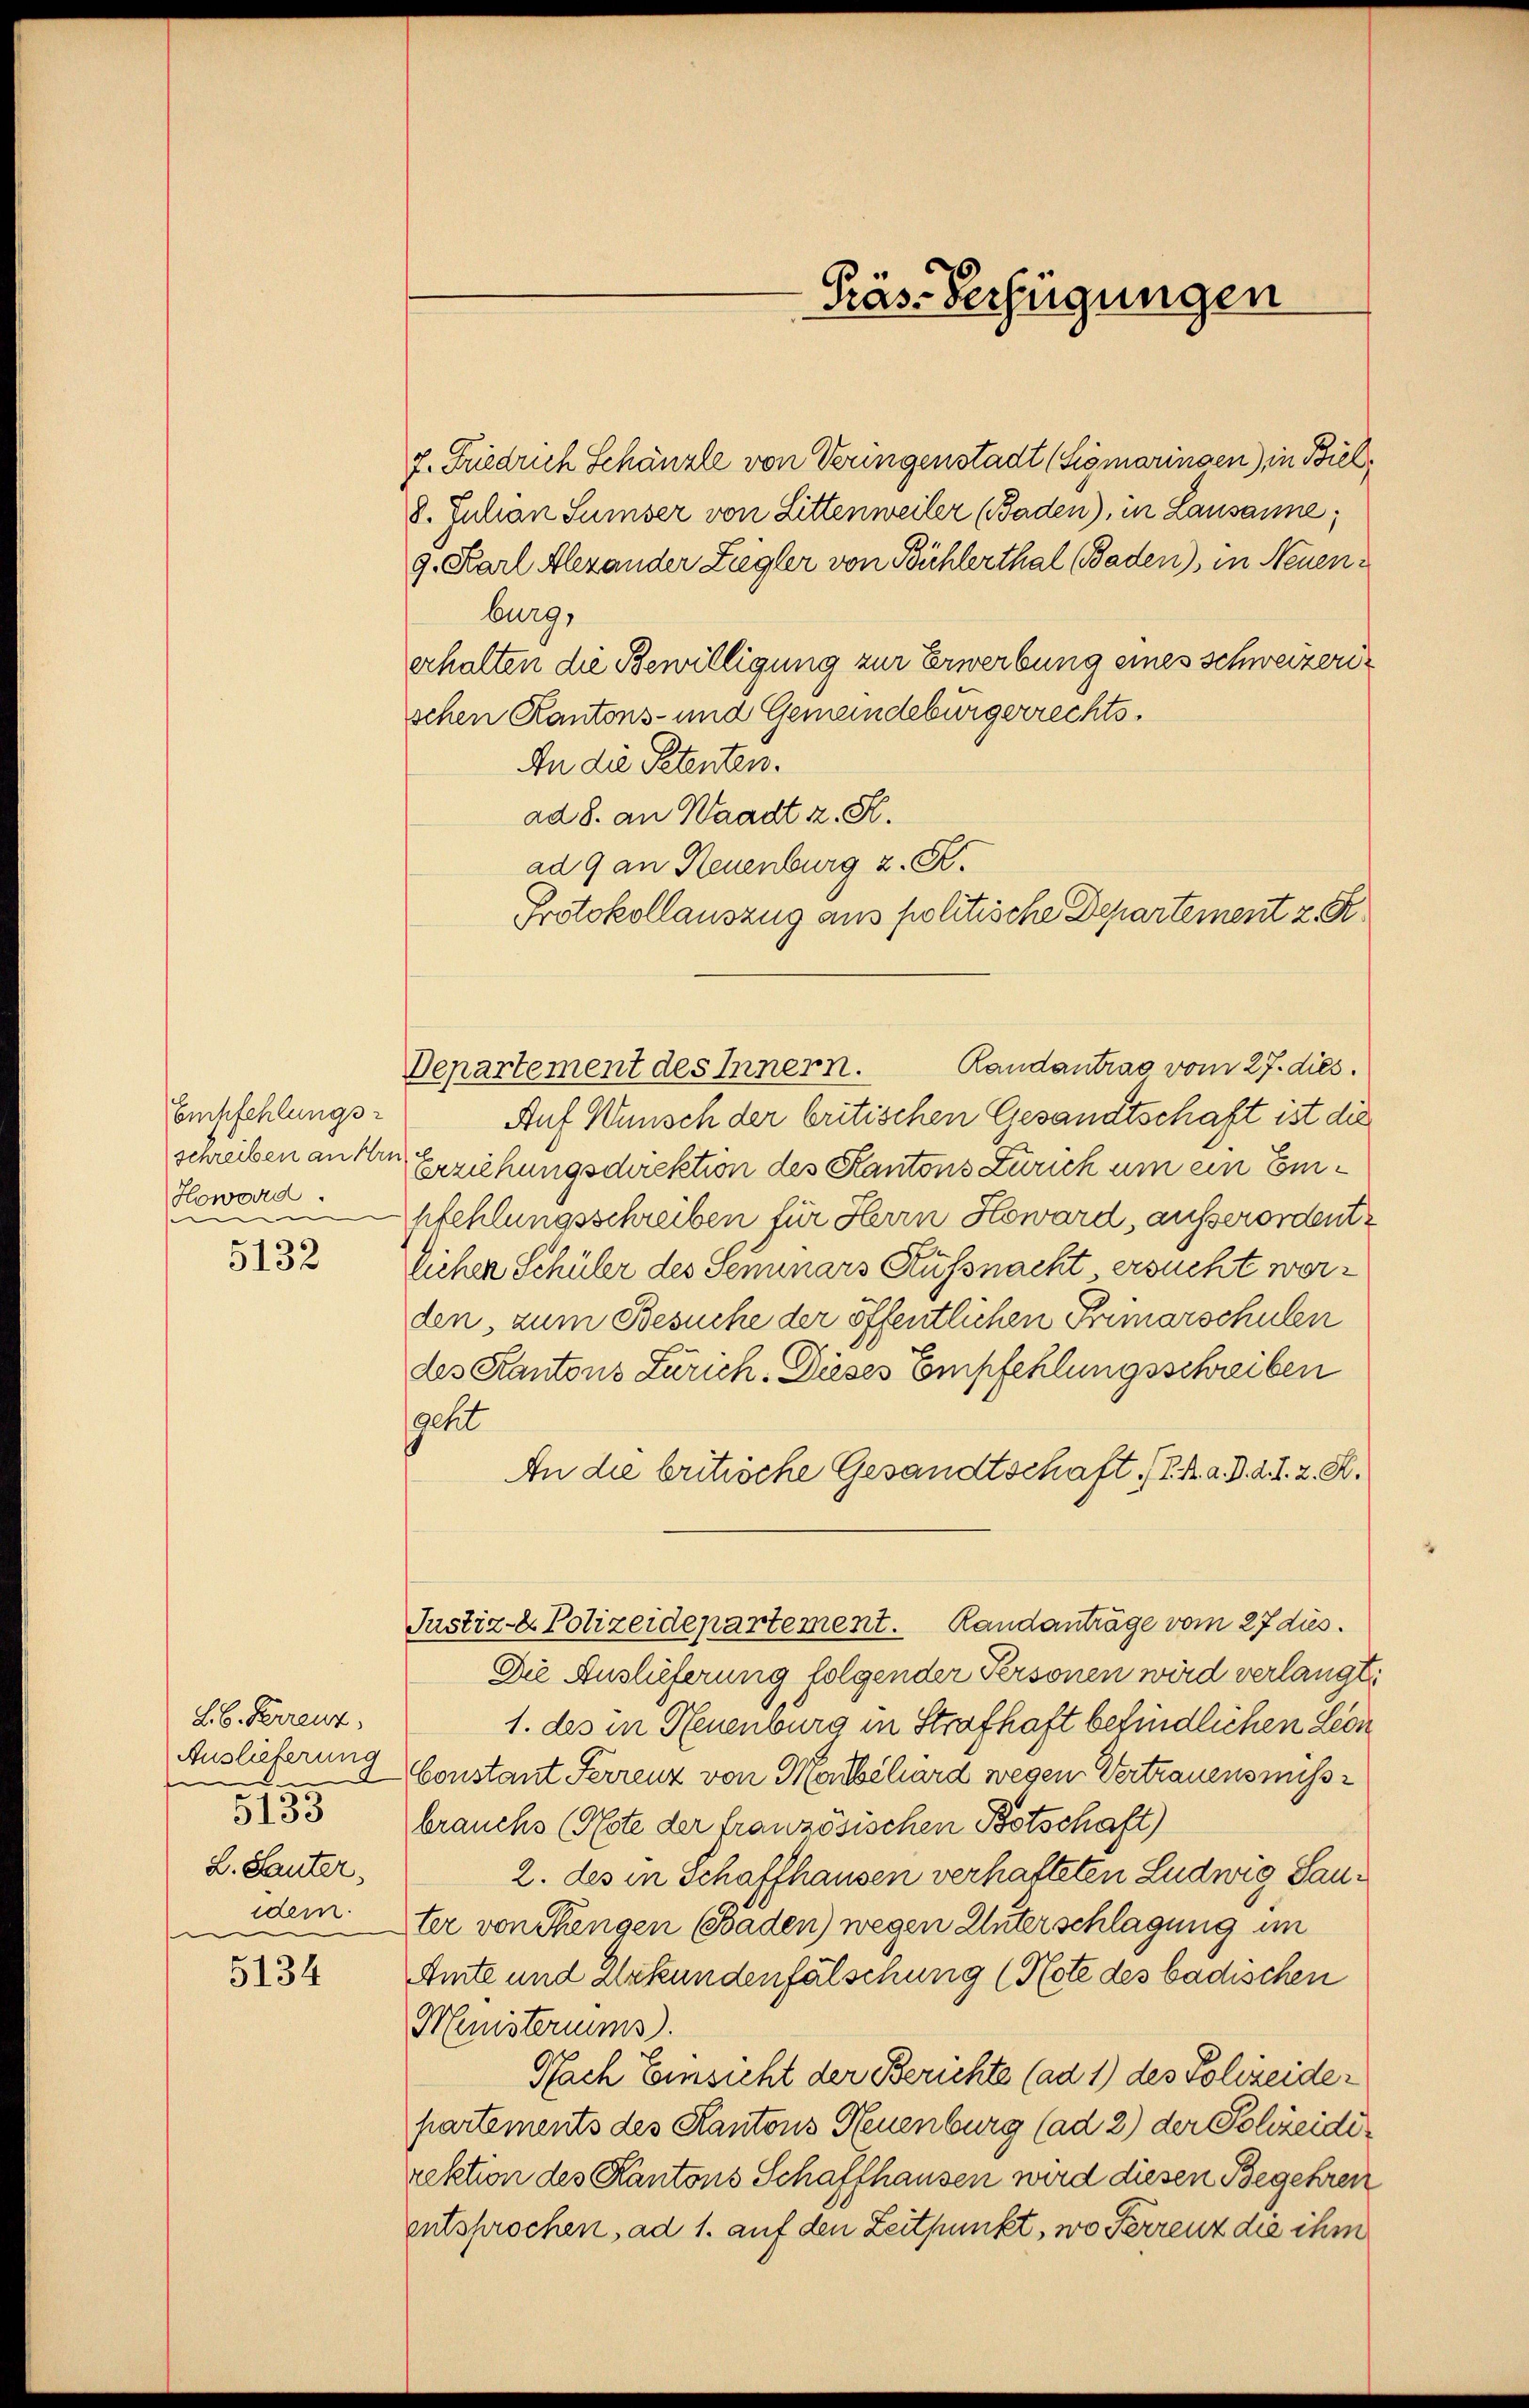
Empfehlungs-
Howord.
i

5132

Lb. Ferrenz,
Auslieferung
e
5133
L. Sauter,
idem.
e

5134

7. Friedrich Schänzle von Veringenstadt (Sigmaringen) in Biel,
8. Julian Sunser von Littenweiler (Baden), in Lausanne;
9. Karl Alexander Ziegler von Bühlerthal Baden), in Neuenburg,
erhalten die Bewilligung zur Erwerbung eines Schweizerischen Kantons- und Gemeindebürgerrechts¬
An die Petenten.
ad 8. an Waadt z. K.
ad 9 an Neuenburg z. B.
Protokollauszug aus politische Departement z. R.
Randantrag vom 27. dies.
Departement des Innern.
Auf Wunsch der britischen Gesandtschaft ist die
schreiben anden Erziehungsdirektion des Kantons Zürich um ein Empfehlungsschreiben für Herrn Howard, ausserordentlichen Schüler des Seminars Küssnacht, ersucht werden, zum Besuche der öffentlichen Primarschulen
des Kantons Zürich. Dieses Empfehlungsschreiben
geht
An die britische Gesandtschaft (d. h. a. d. 21. 2. K.
Justiz- & Polizeidepartement. Randanträge vom 27 dies
Die Auslieferung folgender Personen wird verlangt,
1. des in Neuenburg in Strafhaft befindlichen Leon
Constant Ferrenz von Marschard wegen Vertrauensmiss
brauchs (Nste der französischen Botschaft)
2. des in Schaffhausen verhatteten Ludwig Sauter von Thengen (Baden) wegen Unterschlagung im
Amte und Urkundenfälschung (Note des badischen
Ministeriums.
Nach Einsicht der Berichte (ad 1) des Polizeidepartements des Kantons Neuenburg (ad 2) der Polizeidirektion des Kantons Schaffhausen wird diesen Begehren
entsprochen, ad 1. auf den Zeitpunkt, wo Ferrenz die ihm

Präs. Verfügungen